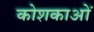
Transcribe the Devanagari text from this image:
कोशकाओं